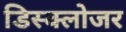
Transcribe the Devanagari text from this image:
डिस्क्लोजर